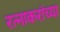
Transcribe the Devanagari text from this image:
रत्नाकरांच्या